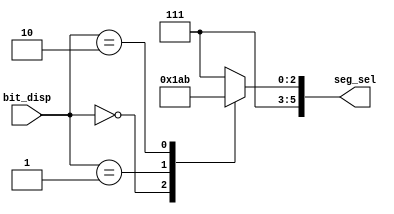
module seg_sel_decoder(bit_disp,seg_sel);
  input [1:0] bit_disp;
  output reg [5:0] seg_sel;
  always@(bit_disp)
      case(bit_disp)
          2'b00 : seg_sel = 6'b111110;
          2'b01 : seg_sel = 6'b111101;
          2'b10 : seg_sel = 6'b111011;
          default : seg_sel = 6'b111111;
      endcase
endmodule